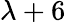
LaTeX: \lambda+6